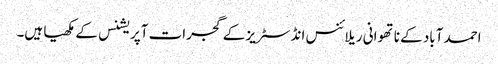
احمد آباد کے ناتھوانی ریلائنس انڈسٹریز کے گجرات آپریشنس کے مکھیا ہیں۔